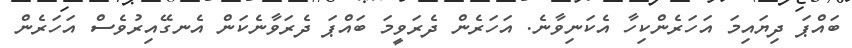
ބައްޕަ ދިޔައިމަ އަހަރެންކިހާ އެކަނިވާނެ. އަހަރެން ދެރަވީމަ ބައްޕަ ދެރަވާނެކަން އެނގޭއިރުވެސް އަހަރެން